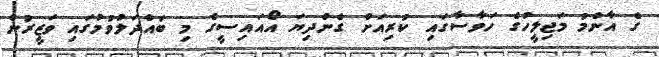
ގެ އާންމު މަޖިލީހުގެ ހަވާސާގައި ކުރިއަށް ގެންދިޔަ އޯއައިސީގެ މި ބައްދަލުވުމުގައި ވަޒީރުން